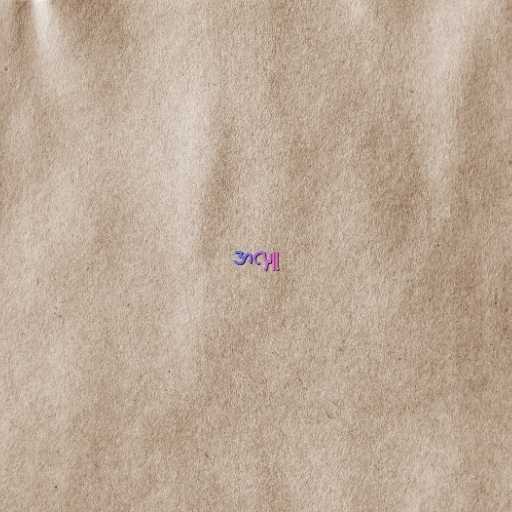
အလှူ